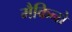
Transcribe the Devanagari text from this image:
मैकिनो